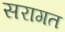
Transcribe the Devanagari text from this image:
सरागत